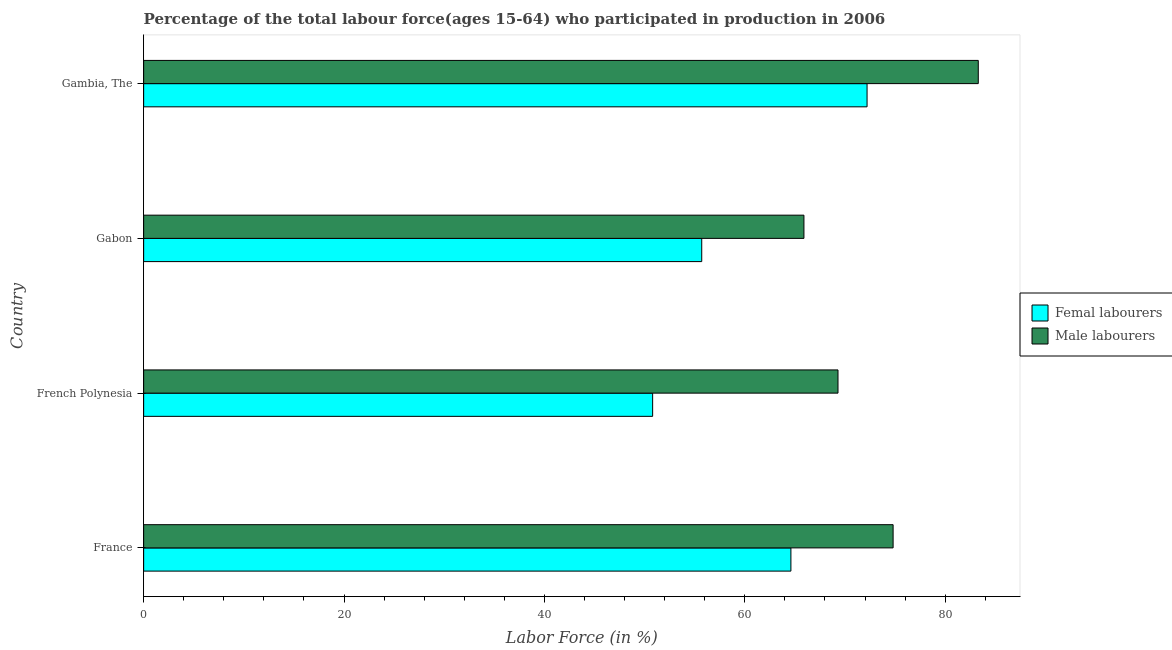
| Country | Femal labourers | Male labourers |
 | --- | --- | --- |
 | France | 64.6 | 74.8 |
 | French Polynesia | 50.8 | 69.3 |
 | Gabon | 55.7 | 65.9 |
 | Gambia, The | 72.2 | 83.3 |